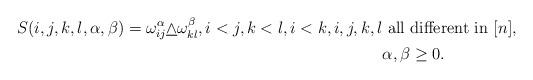
LaTeX: \begin{align*}S(i,j,k,l,\alpha,\beta)=\omega_{ij}^\alpha\underline\wedge\omega_{kl}^\beta, i<j,k<l,i<k,i,j,k,l&\mathrm{\ all\ different\ in\ }[n], \\ & \alpha,\beta\geq 0. \end{align*}